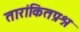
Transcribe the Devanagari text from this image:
तारांकितप्रश्न